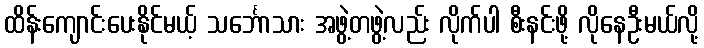
ထိန်းကျောင်းပေးနိုင်မယ့် သင်္ဘောသား အဖွဲ့တဖွဲ့လည်း လိုက်ပါ စီးနင်းဖို့ လိုနေဦးမယ်လို့